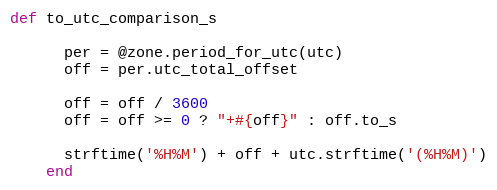
Language: Ruby
def to_utc_comparison_s

      per = @zone.period_for_utc(utc)
      off = per.utc_total_offset

      off = off / 3600
      off = off >= 0 ? "+#{off}" : off.to_s

      strftime('%H%M') + off + utc.strftime('(%H%M)')
    end